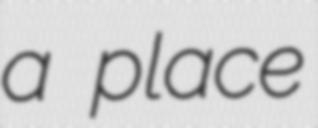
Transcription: a place